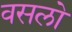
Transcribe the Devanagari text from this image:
वसलो